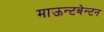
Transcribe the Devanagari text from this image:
माऊन्टबेन्टन